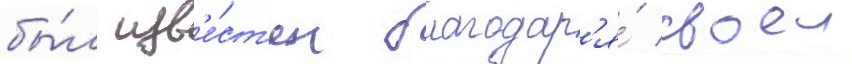
бы́л изв'е́ст'ен благодар'я́ своеи